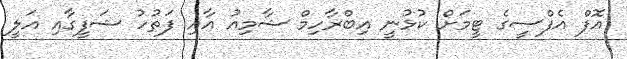
އޮފް އެފްސީގެ ޓީމަށް ކުޅުނީ އިބްރާހިމް ޝާމިއު އާއި ފަތުހު ޝަފީގާއި އަލީ